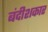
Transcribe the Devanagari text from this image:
बंदीशकार